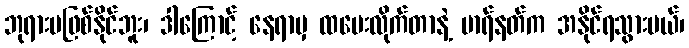
ဘုရားမဖြစ်နိုင်ဘူး၊ ဒါကြောင့် နေရာမှ ထပေးလိုက်တာနဲ့ မာရ်နတ်က အနိုင်ရသွားမယ်၊